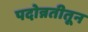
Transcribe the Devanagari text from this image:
पदोन्नतीतून